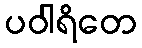
ပဝါရိတေ